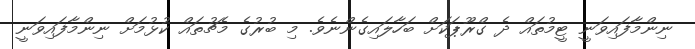
ނިންމާފައިވަނީ ޓީމުތައް ދެ ގްރޫޕަކަށް ބަހާލައިގެންނެވެ. މި ބުރުގެ މެޗުތައް ކުޅުމަށް ނިންމާފައިވަނީ